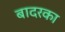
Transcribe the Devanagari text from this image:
बादरका